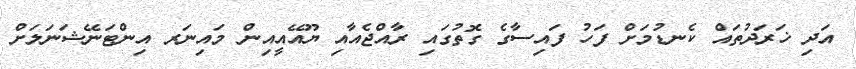
އަދި ޚަރަދުތައް ކެނޑުމަށް ފަހު ފައިސާގެ ގޮތުގައި ރާއްޖެއާއި ޔޫއޭއީއިން މައިނަރ އިންޓަނޭޝަނަލަށް